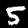
Label: 5